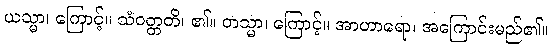
ယသ္မာ၊ ကြောင့်။ သံဝတ္တတိ၊ ၏။ တသ္မာ၊ ကြောင့်။ အာဟာရော၊ အကြောင်းမည်၏။